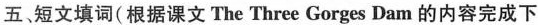
五 短文填词(根据课文 The Three Gorges Dam 的内容完成下